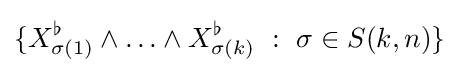
\{X_{\sigma (1)}^{\flat }\wedge \ldots \wedge X_{\sigma (k)}^{\flat }\ :\ \sigma \in S(k,n)\}